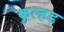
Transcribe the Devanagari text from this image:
कुल्हड